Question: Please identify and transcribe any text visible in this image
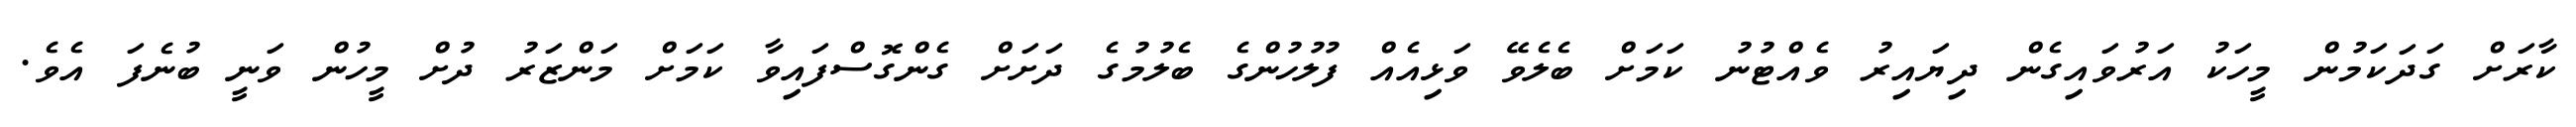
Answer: ކާރަށް ގަދަކަމުން މީހަކު އަރުވައިގެން ދިޔައިރު ވެއްޓުނު ކަމަށް ބެލެވޭ ވަޅިއެއް ފުލުހުންގެ ބެލުމުގެ ދަށަށް ގެންގޮސްފައިވާ ކަމަށް މަންޒަރު ދުށް މީހުން ވަނީ ބުނެފަ އެވެ.